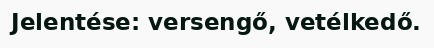
Jelentése: versengő, vetélkedő.